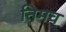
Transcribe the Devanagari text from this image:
तिमव